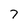
Character: 7